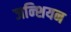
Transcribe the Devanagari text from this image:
जन्शियन